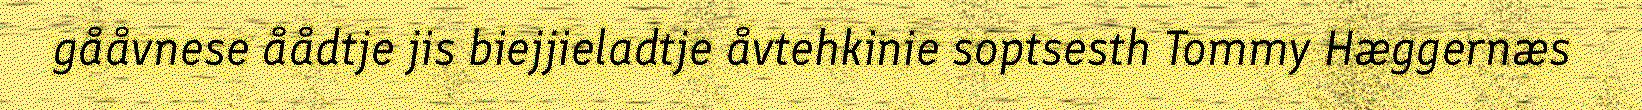
gååvnese åådtje jis biejjieladtje åvtehkinie soptsesth Tommy Hæggernæs